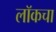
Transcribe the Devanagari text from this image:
लॉकचा